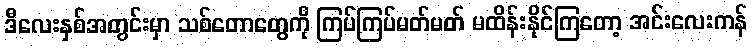
ဒီလေးနှစ်အတွင်းမှာ သစ်တောတွေကို ကြပ်ကြပ်မတ်မတ် မထိန်းနိုင်ကြတော့ အင်းလေးကန်